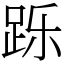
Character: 跞